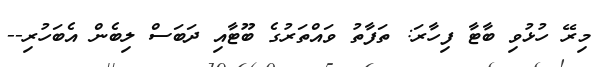
މިރޭ ހުޅުވި ބާޓާ ފިހާރަ: ތަފާތު ވައްތަރުގެ ބޫޓާއި ދަބަސް ލިބެން އެބަހުރި--